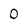
Character: 0